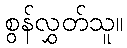
စွန်လွှတ်သူ။